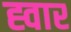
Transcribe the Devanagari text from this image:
ह्वार